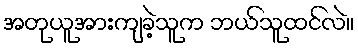
အတုယူအားကျခဲ့သူက ဘယ်သူထင်လဲ။